Civil Veterinary Dept. Assam report 1927-50 - 1927-1950
Year: 1927
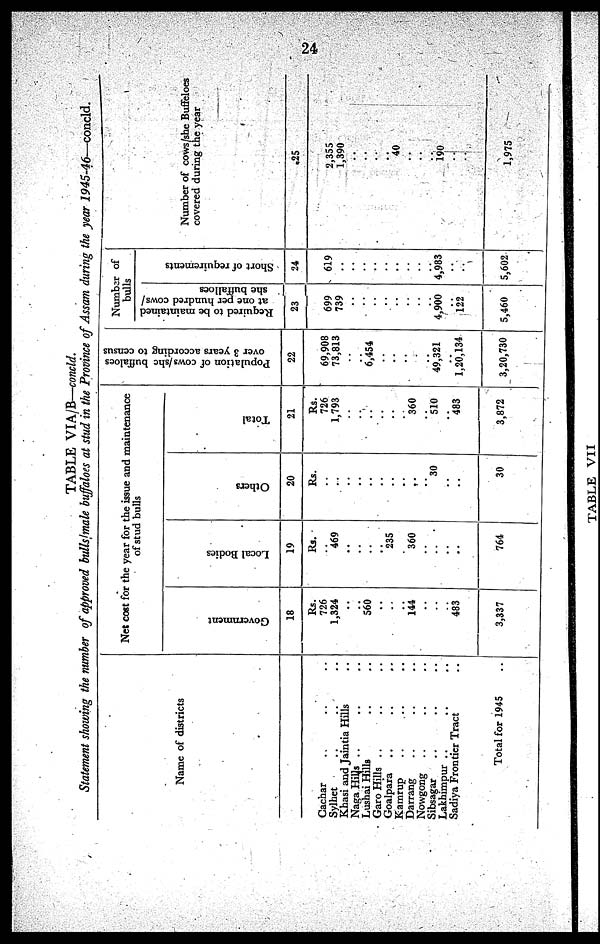
24
TABLE
VIA/B—concld.
Statement showing the number of approved bulls/male buffaloes at stud in the Province of Assam during the year
1945-46—concld.
Name of districts
Cachar .. .. ..
Sylhet .. .. ..
Khasi and Jaintia Hills ..
Naga Hills .. .. ..
Lushai Hills .. ..
Garo Hills .. .. ..
Goalpara .. .. ..
Kamrup .. .. ..
Darrang .. .. ..
Nowgong .. .. ..
Sibsagar .. .. ..
Lakhimpur .. .. ..
Sadiya Frontier Tract ..
Total for 1945 ..
Net cost for the year for the issue and maintenance
of stud bulls.
Government
18
Rs.
726
1,324
..
..
560
..
..
..
144
..
..
..
483
3,337
Local Bodies
19
Rs.
..
469
..
..
..
..
235
..
360
..
..
..
..
764
Others
20
Rs.
..
..
..
..
..
..
..
..
..
..
30
..
..
30
Total
21
Rs.
726
1,793
..
..
..
..
..
..
360
..
510
..
483
3,872
Population of cows/she buffaloes
over 3 years according to census
22
69,908
73,813
..
..
6,454
..
..
..
..
..
49,321
..
1,20,134
3,20,730
Number of
bulls
Required to be maintained
at one per hundred cows/
she buffalloes
23
699
739
..
..
..
..
..
..
..
..
4,900
..
122
5,460
Short of requirements
24
619
..
..
..
..
..
..
..
..
..
4,983
..
..
5,602
Number of cows/she Buffeloes
covered during the year
25
2,355
1,390
..
..
..
..
40
..
..
..
190
..
..
1,975